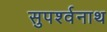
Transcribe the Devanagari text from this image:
सुपर्श्‍वनाथ